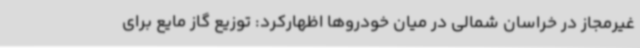
غیرمجاز در خراسان شمالی در میان خودروها اظهارکرد: توزیع گاز مایع برای